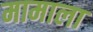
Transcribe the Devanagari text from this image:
मामाला